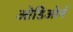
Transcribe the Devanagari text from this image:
ओडिओर्न